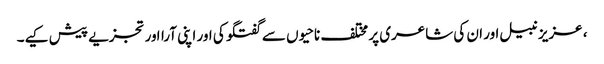
، عزیز نبیل اور ان کی شاعری پر مختلف ناحیوں سے گفتگو کی اور اپنی آرااور تجزیے پیش کیے۔